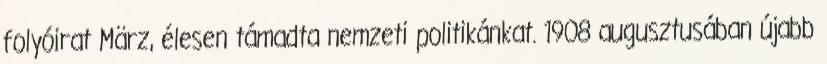
folyóirat März, élesen támadta nemzeti politikánkat. 1908 augusztusában újabb